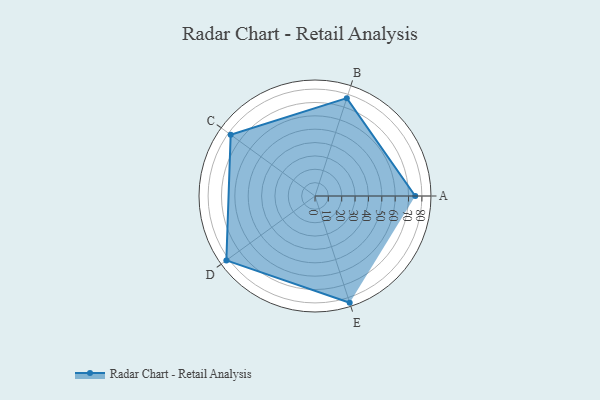
{"axis": {"x": "Skill", "y": "Score"}, "legend": ["Profile"], "data": [{"x": "A", "y": 75.0, "type": "Profile"}, {"x": "B", "y": 77.0, "type": "Profile"}, {"x": "C", "y": 78.0, "type": "Profile"}, {"x": "D", "y": 82.0, "type": "Profile"}, {"x": "E", "y": 84.0, "type": "Profile"}]}